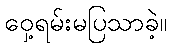
ဝှေ့ရမ်းမပြသာခဲ့။